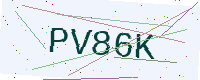
Text: PV86K